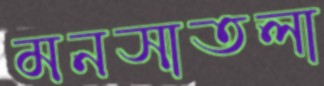
মনসাতলা